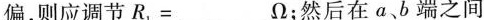
偏，则应调节$$R_{1}=___Ω$$；然后在a、b端之间